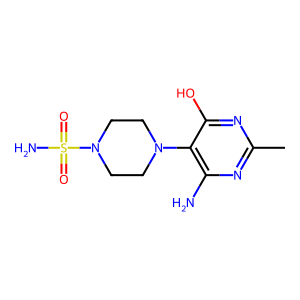
SMILES: Cc1nc(N)c(N2CCN(S(N)(=O)=O)CC2)c(O)n1
Inhibits HIV replication: No